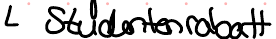
Studentenrabatt